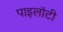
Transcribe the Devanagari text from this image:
पाइलॉटी